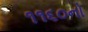
૧૧૬૦નો